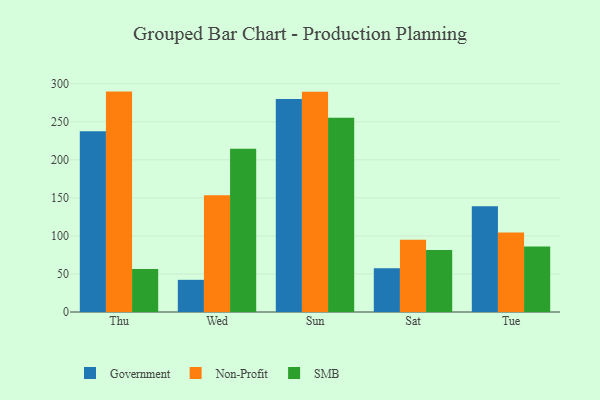
{"axis": {"x": "Day", "y": "Temperature (°C)"}, "legend": ["Government", "Non-Profit", "SMB"], "data": [{"x": "Thu", "y": 237.5, "type": "Government"}, {"x": "Thu", "y": 289.7, "type": "Non-Profit"}, {"x": "Thu", "y": 56.6, "type": "SMB"}, {"x": "Wed", "y": 42.3, "type": "Government"}, {"x": "Wed", "y": 153.4, "type": "Non-Profit"}, {"x": "Wed", "y": 214.5, "type": "SMB"}, {"x": "Sun", "y": 280.0, "type": "Government"}, {"x": "Sun", "y": 289.5, "type": "Non-Profit"}, {"x": "Sun", "y": 255.2, "type": "SMB"}, {"x": "Sat", "y": 57.6, "type": "Government"}, {"x": "Sat", "y": 94.9, "type": "Non-Profit"}, {"x": "Sat", "y": 81.4, "type": "SMB"}, {"x": "Tue", "y": 138.9, "type": "Government"}, {"x": "Tue", "y": 104.5, "type": "Non-Profit"}, {"x": "Tue", "y": 86.0, "type": "SMB"}]}